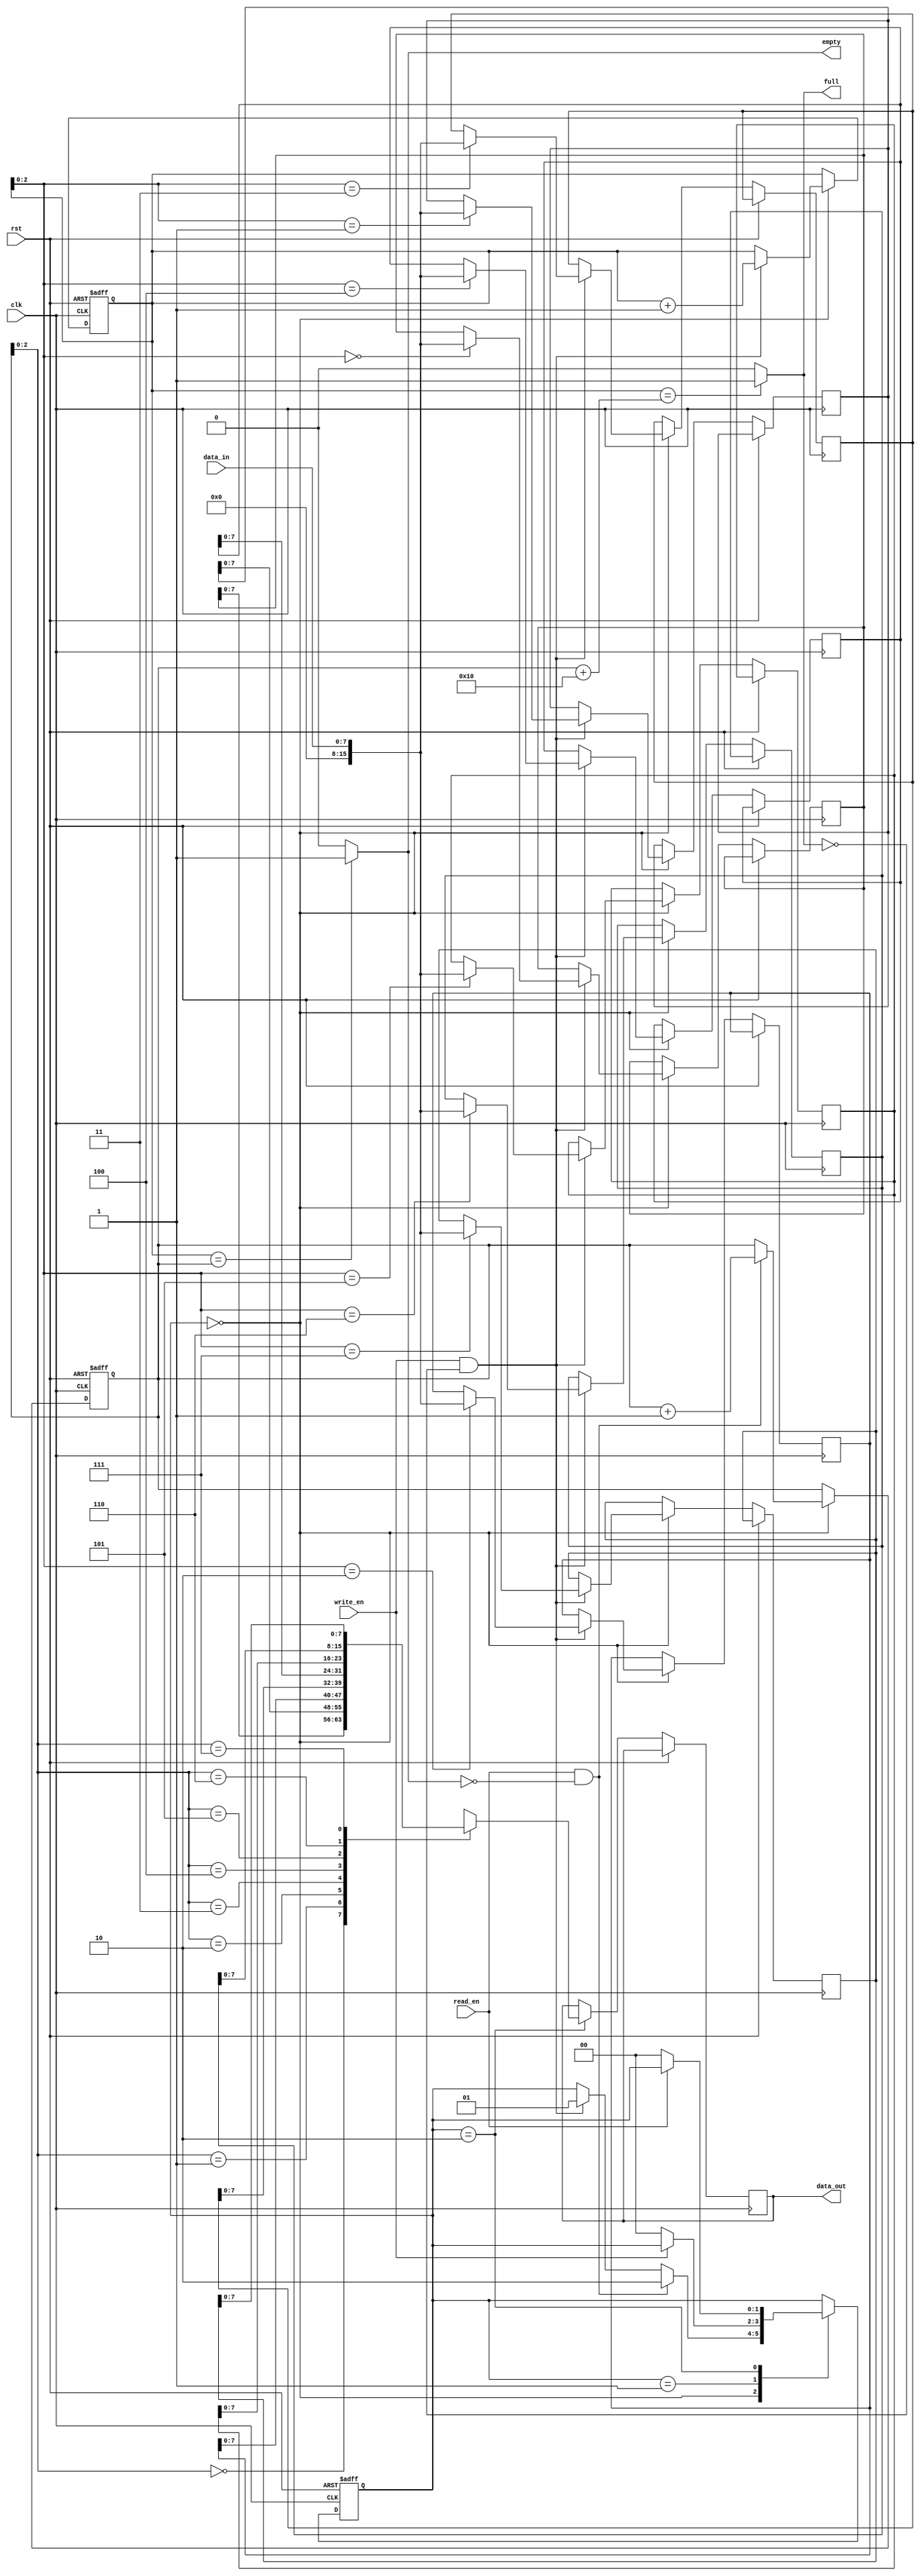
module synchronous_fifo (
  input wire clk,
  input wire rst,
  input wire write_en,
  input wire read_en,
  input wire [DATA_WIDTH-1:0] data_in,
  output wire [DATA_WIDTH-1:0] data_out,
  output wire full,
  output wire empty
);

parameter DEPTH = 16;
parameter DATA_WIDTH = 8;

reg [DEPTH-1:0] fifo_mem [DATA_WIDTH-1:0];
reg [DEPTH-1:0] write_ptr;
reg [DEPTH-1:0] read_ptr;
reg [DATA_WIDTH-1:0] fifo_data;
reg [1:0] state;

always @ (posedge clk or posedge rst) begin
  if (rst) begin
    write_ptr <= 0;
    read_ptr <= 0;
    state <= 2'b00;
  end else begin
    case (state)
      2'b00: begin // IDLE state
        if (write_en && !full) begin
          write_ptr <= write_ptr + 1;
          fifo_mem[write_ptr] <= data_in;
          state <= 2'b01;
        end
        if (read_en && !empty) begin
          read_ptr <= read_ptr + 1;
          state <= 2'b10;
        end
      end
      2'b01: begin // WRITE state
        if (!write_en) begin
          state <= 2'b00;
        end
      end
      2'b10: begin // READ state
        fifo_data <= fifo_mem[read_ptr];
        if (!read_en) begin
          state <= 2'b00;
        end
      end
    endcase
  end
end

assign data_out = fifo_data;
assign full = (write_ptr == read_ptr + DEPTH) ? 1'b1 : 1'b0;
assign empty = (write_ptr == read_ptr) ? 1'b1 : 1'b0;

endmodule